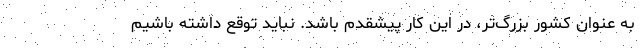
به عنوان كشور بزرگ‌تر، در اين كار پيشقدم باشد. نبايد توقع داشته باشيم